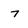
Character: 7